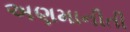
અણમાનીતી